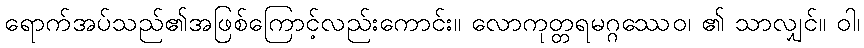
ရောက်အပ်သည်၏အဖြစ်ကြောင့်လည်းကောင်း။ လောကုတ္တရမဂ္ဂဿေဝ၊ ၏ သာလျှင်။ ဝါ၊